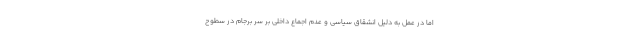
اما در عمل به دليل انشقاق سياسي و عدم اجماع داخلي بر سر برجام در سطوح